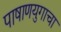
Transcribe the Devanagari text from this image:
पाषाणयुगाचा